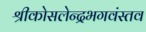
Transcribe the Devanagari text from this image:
श्रीकोसलेन्द्रभगवंस्तव